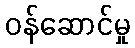
ဝန်ဆောင်မှု